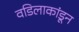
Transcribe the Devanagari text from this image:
वडिलाकांडून